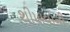
શીખવાની